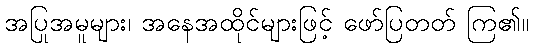
အပြုအမူများ၊ အနေအထိုင်များဖြင့် ဖော်ပြတတ် ကြ၏။